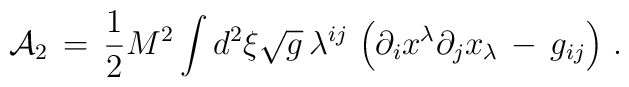
{\cal A}_{2}\,=\,\frac{1}{2}M^{2}\int\limits^{}_{}d^{2}\xi\sqrt{g}\,\lambda^{ij}\,\left(\partial_{i}x^{\lambda}\partial_{j}x_{\lambda}\,-\,g_{ij}\right)\,{.}